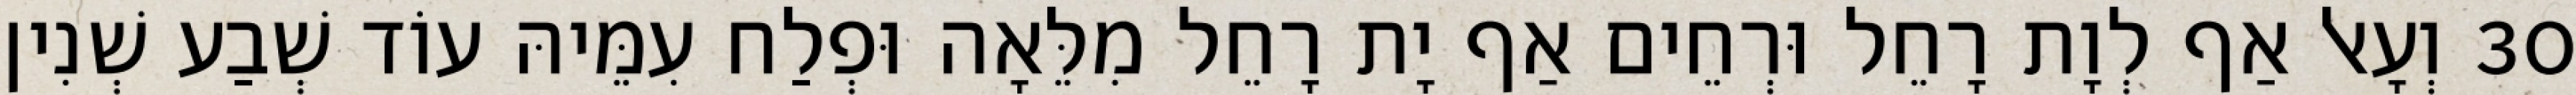
30 וְעָאל אַף לְוָת רָחֵל וּרְחֵים אַף יָת רָחֵל מִלֵּאָה וּפְלַח עִמֵּיהּ עוֹד שְׁבַע שְׁנִין